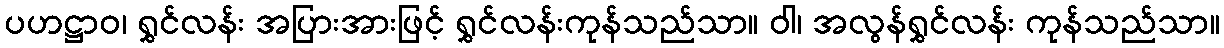
ပဟဋ္ဌာဝ၊ ရွှင်လန်း အပြားအားဖြင့် ရွှင်လန်းကုန်သည်သာ။ ဝါ၊ အလွန်ရွှင်လန်း ကုန်သည်သာ။